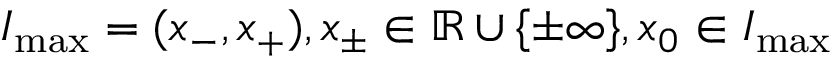
I _ { \operatorname* { m a x } } = ( x _ { - } , x _ { + } ) , x _ { \pm } \in \mathbb { R } \cup \{ \pm \infty \} , x _ { 0 } \in I _ { \operatorname* { m a x } }